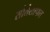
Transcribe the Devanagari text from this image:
सौतेलापन